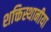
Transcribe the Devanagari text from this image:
शक्तिस्थानीया